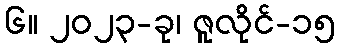
၆။ ၂၀၂၃-ခု၊ ဇူလိုင်-၁၅